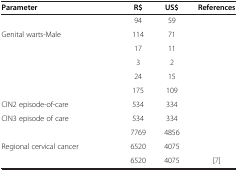
<table><thead><tr><td><b>Parameter</b></td><td><b>R$</b></td><td><b>US$</b></td><td><b>References</b></td></tr></thead><tbody><tr><td>[EMPTY_CELL]</td><td>94</td><td>59</td><td>[EMPTY_CELL]</td></tr><tr><td>Genital warts-Male</td><td>114</td><td>71</td><td>[EMPTY_CELL]</td></tr><tr><td>[EMPTY_CELL]</td><td>17</td><td>11</td><td>[EMPTY_CELL]</td></tr><tr><td>[EMPTY_CELL]</td><td>3</td><td>2</td><td>[EMPTY_CELL]</td></tr><tr><td>[EMPTY_CELL]</td><td>24</td><td>15</td><td>[EMPTY_CELL]</td></tr><tr><td>[EMPTY_CELL]</td><td>175</td><td>109</td><td>[EMPTY_CELL]</td></tr><tr><td>CIN2 episode-of-care</td><td>534</td><td>334</td><td>[EMPTY_CELL]</td></tr><tr><td>CIN3 episode of care</td><td>534</td><td>334</td><td>[EMPTY_CELL]</td></tr><tr><td>[EMPTY_CELL]</td><td>7769</td><td>4856</td><td>[EMPTY_CELL]</td></tr><tr><td>Regional cervical cancer</td><td>6520</td><td>4075</td><td>[EMPTY_CELL]</td></tr><tr><td>[EMPTY_CELL]</td><td>6520</td><td>4075</td><td>[7]</td></tr></tbody></table>